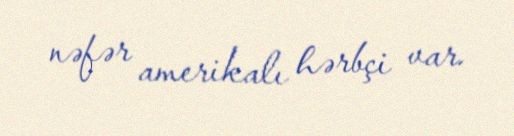
nəfər amerikalı hərbçi var.